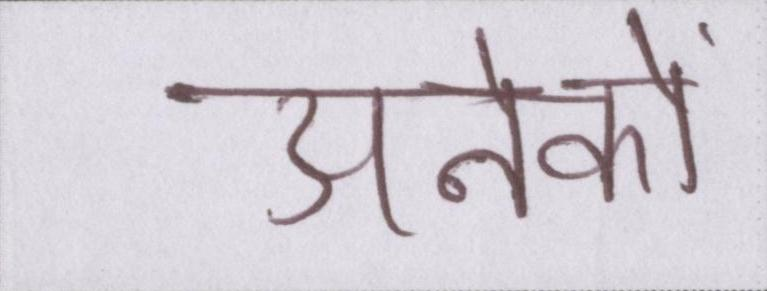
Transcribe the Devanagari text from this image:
अनेकों